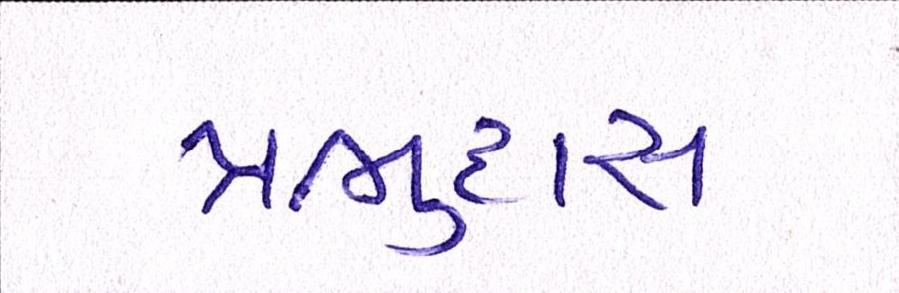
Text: પ્રભુદાસ